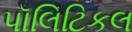
પૉલિટિકલ